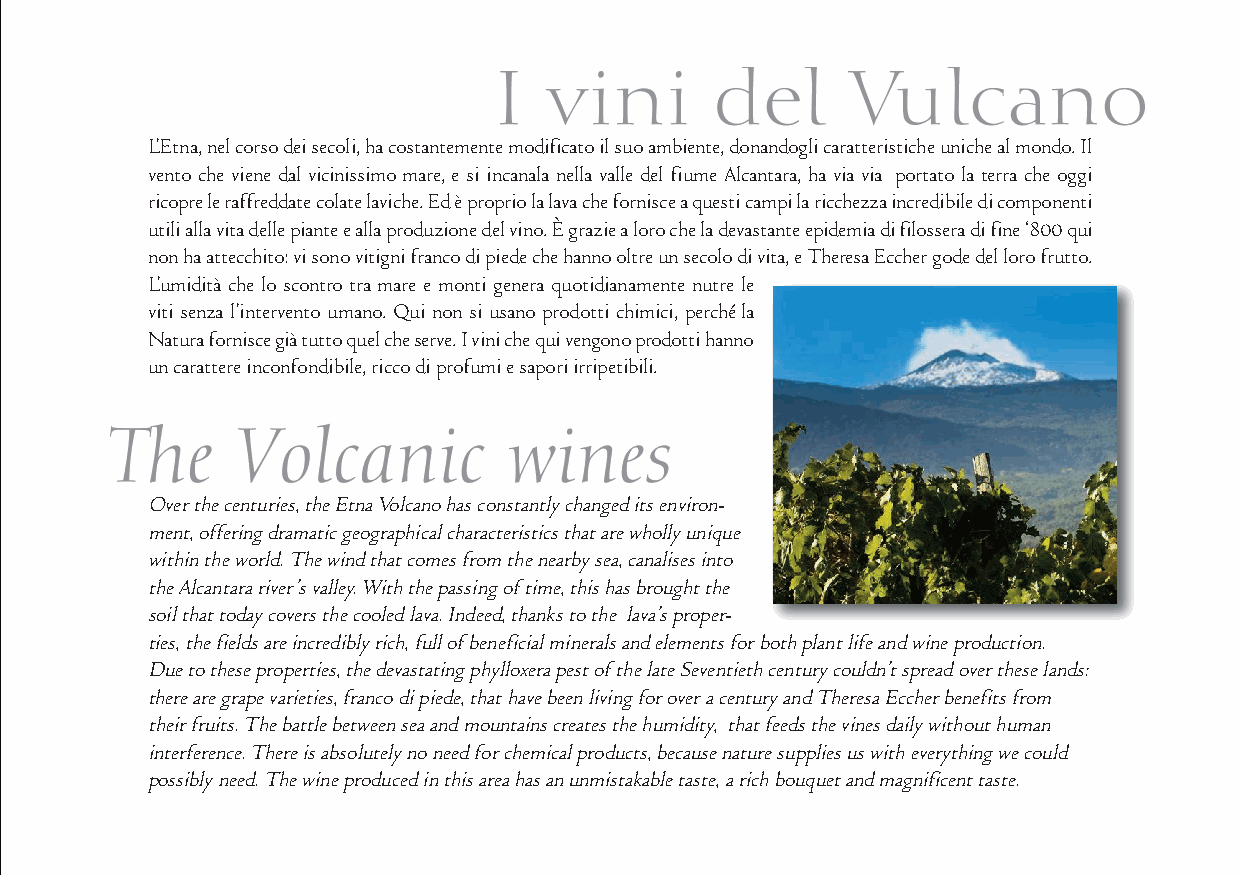
L’Etna, nel corso dei secoli, ha costantemente modificato il suo ambiente, donandogli caratteristiche uniche al mondo. Il
 vento che viene dal vicinissimo mare, e si incanala nella valle del fiume Alcantara, ha via via portato la terra che oggi
 ricopre le raffreddate colate laviche. Ed è proprio la lava che fornisce a questi campi la ricchezza incredibile di componenti
 utili alla vita delle piante e alla produzione del vino. È grazie a loro che la devastante epidemia di filossera di fine ‘800 qui
 non ha attecchito: vi sono vitigni franco di piede che hanno oltre un secolo di vita, e Theresa Eccher gode del loro frutto.
 L’umidità che lo scontro tra mare e monti genera quotidianamente nutre le
 viti senza l’intervento umano. Qui non si usano prodotti chimici, perché la
 Natura fornisce già tutto quel che serve. I vini che qui vengono prodotti hanno
 un carattere inconfondibile, ricco di profumi e sapori irripetibili.
 Over the centuries, the Etna Volcano has constantly changed its environ-
 ment, offering dramatic geographical characteristics that are wholly unique
 within the world. The wind that comes from the nearby sea, canalises into
 the Alcantara river’s valley. With the passing of time, this has brought the
 soil that today covers the cooled lava. Indeed, thanks to the lava’s proper-
 ties, the fields are incredibly rich, full of beneficial minerals and elements for both plant life and wine production.
 Due to these properties, the devastating phylloxera pest of the late Seventieth century couldn’t spread over these lands:
 there are grape varieties, franco di piede, that have been living for over a century and Theresa Eccher benefits from
 their fruits. The battle between sea and mountains creates the humidity, that feeds the vines daily without human
 interference. There is absolutely no need for chemical products, because nature supplies us with everything we could
 possibly need. The wine produced in this area has an unmistakable taste, a rich bouquet and magnificent taste.